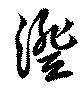
澄